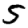
Digit: 5